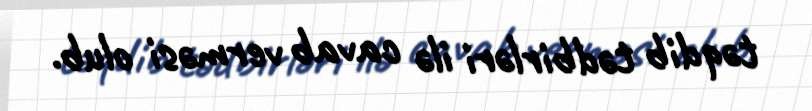
təqdib tədbirləri ilə cavab verməsi olub.